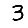
Digit: 3